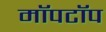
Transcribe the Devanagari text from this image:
मॉपटॉप